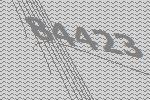
84423